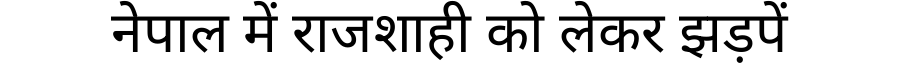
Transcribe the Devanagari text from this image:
नेपाल में राजशाही को लेकर झड़पें